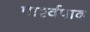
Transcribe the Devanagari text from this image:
पार्श्वपाद